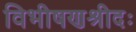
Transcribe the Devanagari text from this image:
विभीषणश्रीदः